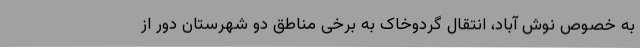
به خصوص نوش آباد، انتقال گردوخاک به برخی مناطق دو شهرستان دور از